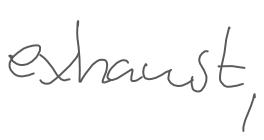
Text: exhaust,
Cross-out: clean
Writing tool: digital_gray